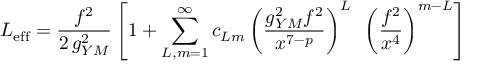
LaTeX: L _ { \mathrm { e f f } } = { \frac { f ^ { 2 } } { 2 \, g _ { Y M } ^ { 2 } } } \left[ 1 + \sum _ { L , m = 1 } ^ { \infty } c _ { L m } \left( { \frac { g _ { Y M } ^ { 2 } f ^ { 2 } } { x ^ { 7 - p } } } \right) ^ { L } ~ \left( { \frac { f ^ { 2 } } { x ^ { 4 } } } \right) ^ { m - L } \right]